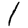
Digit: 1